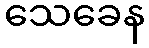
သေခေန